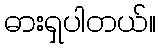
ဓားရှပါတယ်။